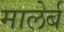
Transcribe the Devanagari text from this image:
मालेर्ब